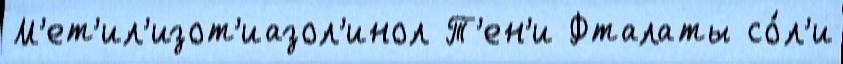
М'ет'ил'изот'иазол'инол Т'ен'и Фталаты со́л'и